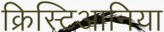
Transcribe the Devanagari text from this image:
क्रिस्टिआनिया